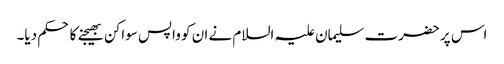
اس پر حضرت سلیمان علیہ السلام نے ان کو واپس سواکن بھیجنے کا حکم دیا۔